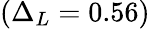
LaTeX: (\Delta_{L}=0.56)